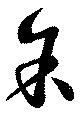
余